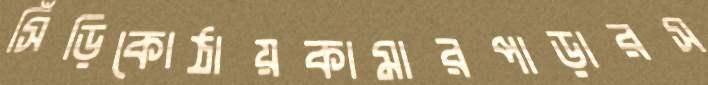
সিঁড়িকোঠায়কামারপাড়ারস